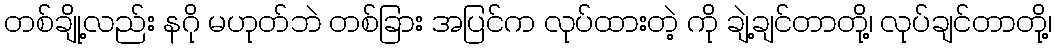
တစ်ချို့လည်း နဂို မဟုတ်ဘဲ တစ်ခြား အပြင်က လုပ်ထားတဲ့ ကို ချဲ့ချင်တာတို့၊ လုပ်ချင်တာတို့၊